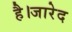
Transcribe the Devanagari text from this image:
है।जारेद